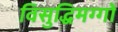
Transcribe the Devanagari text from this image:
विसुद्धिमग्गों